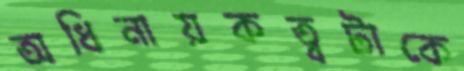
অধিনায়কত্বটাকে